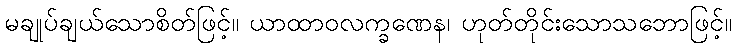
မချုပ်ချယ်သောစိတ်ဖြင့်။ ယာထာဝလက္ခဏေန၊ ဟုတ်တိုင်းသောသဘောဖြင့်။